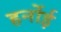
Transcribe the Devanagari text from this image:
हर्नोई